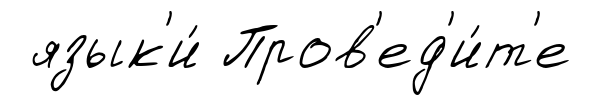
язык'и́ Пров'ед'и́т'е